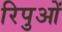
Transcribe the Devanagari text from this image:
रिपुओं